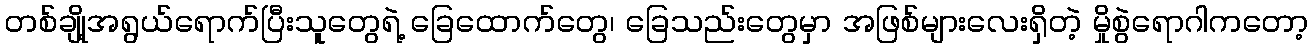
တစ်ချို့အရွယ်ရောက်ပြီးသူတွေရဲ့ ခြေထောက်တွေ၊ ခြေသည်းတွေမှာ အဖြစ်များလေးရှိတဲ့ မှိုစွဲရောဂါကတော့